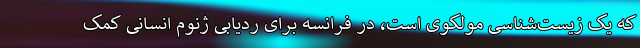
که یک زیست‌شناسیِ مولکوی است، در فرانسه برای ردیابیِ ژنوم انسانی کمک